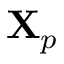
\mathbf { X } _ { p }